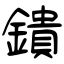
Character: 鐀